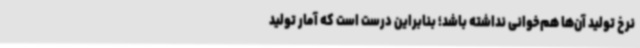
نرخ تولید آن‌ها هم‌خوانی نداشته باشد؛ بنابراین درست است که آمار تولید